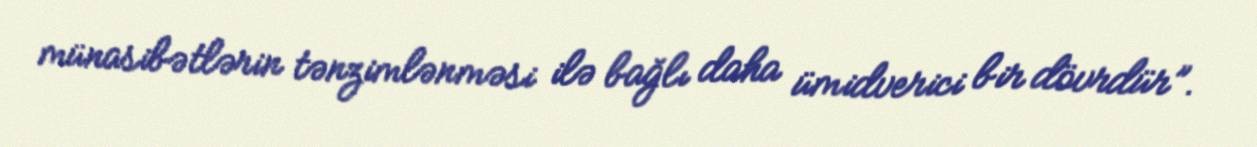
münasibətlərin tənzimlənməsi ilə bağlı daha ümidverici bir dövrdür”.